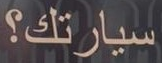
سيارتك؟